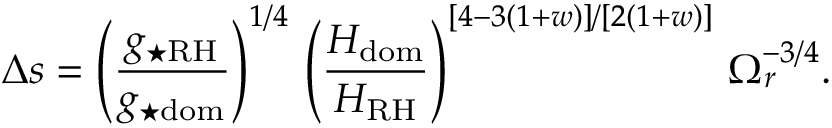
\Delta s = \left( \frac { g _ { \star \mathrm { R H } } } { g _ { \star \mathrm { d o m } } } \right) ^ { 1 / 4 } \, \left( \frac { H _ { \mathrm { d o m } } } { H _ { \mathrm { R H } } } \right) ^ { [ 4 - 3 ( 1 + w ) ] / [ 2 ( 1 + w ) ] } \, \Omega _ { r } ^ { - 3 / 4 } .